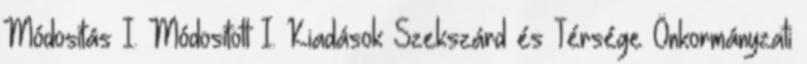
Módosítás I. Módosított I. Kiadások Szekszárd és Térsége Önkormányzati